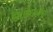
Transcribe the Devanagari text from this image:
निरनिराळ्या